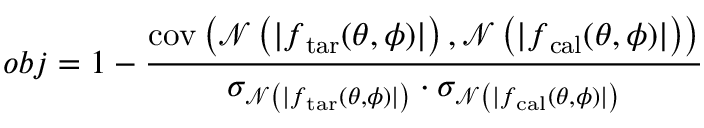
o b j = 1 - \frac { \mathrm { c o v } \left( \mathcal { N } \left( | \boldsymbol { f } _ { \mathrm { t a r } } ( \theta , \phi ) | \right) , \mathcal { N } \left( | \boldsymbol { f } _ { \mathrm { c a l } } ( \theta , \phi ) | \right) \right) } { \sigma _ { \mathcal { N } \left( | \boldsymbol { f } _ { \mathrm { t a r } } ( \theta , \phi ) | \right) } \cdot \sigma _ { \mathcal { N } \left( | \boldsymbol { f } _ { \mathrm { c a l } } ( \theta , \phi ) | \right) } }